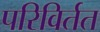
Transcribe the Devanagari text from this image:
परिविर्तत